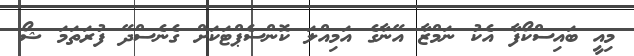
މިއީ ބައިސްކޯފާ އެކު ނަމްޒާ އޭނާގެ އަމިއްލަ ކޮންސެޕްޓަކަށް ގެނެސްދޭ ފުރަތަމަ ޝޯ